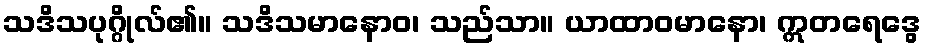
သဒိသပုဂ္ဂိုလ်၏။ သဒိသမာနောဝ၊ သည်သာ။ ယာထာဝမာနော၊ ဣတရေဒွေ